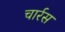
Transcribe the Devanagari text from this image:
चार्रस